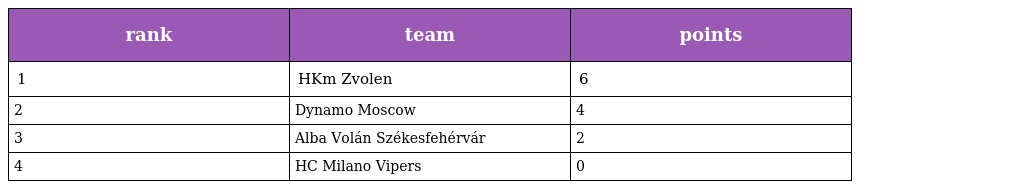
| rank | team | points |
 | --- | --- | --- |
 | 1 | HKm Zvolen | 6 |
 | 2 | Dynamo Moscow | 4 |
 | 3 | Alba Volán Székesfehérvár | 2 |
 | 4 | HC Milano Vipers | 0 |